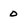
Character: 0